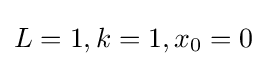
L=1,k=1,x_{0}=0